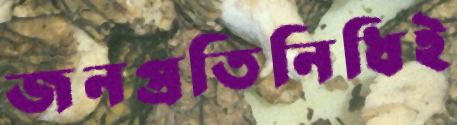
জনপ্রতিনিধিই